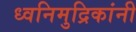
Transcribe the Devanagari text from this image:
ध्वनिमुद्रिकांनी